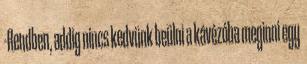
-Rendben, addig nincs kedvünk beülni a kávézóba meginni egy